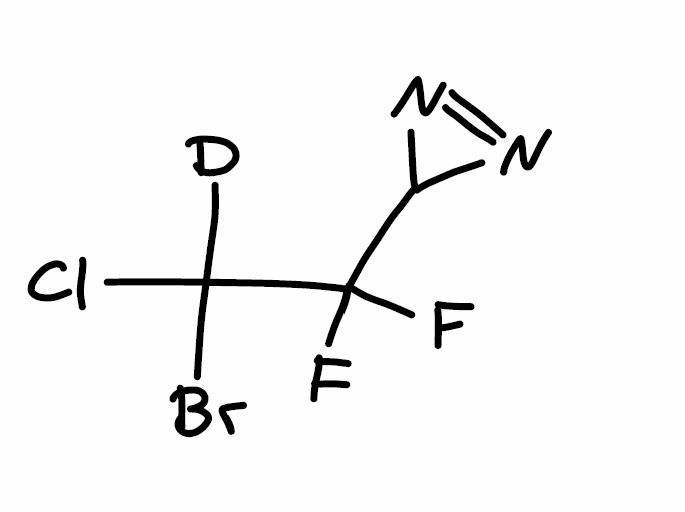
Simplified molecular-input line-entry system (SMILES) notation of the given molecule:
[2H]C(C(C1N=N1)(F)F)(Cl)Br